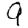
Digit: 9